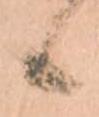
候